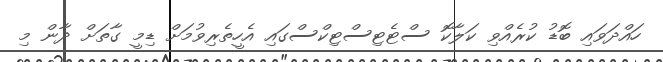
ހައްދަވައި ބޮޑު ކުރެއްވި ކަލާކޮ ސްޓެޓިސްޓިކްސްގައި އެހީތެރިވުމަށް ޑިމީ ގާތަށް ދާން މި